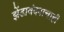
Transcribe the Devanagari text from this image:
झेंडावंदनाचाही